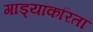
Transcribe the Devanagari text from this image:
गाड्यांकरिता